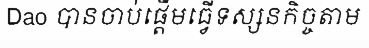
Dao បានចាប់ផ្តើមធ្វើទស្សនកិច្ចតាម